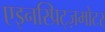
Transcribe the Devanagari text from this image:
एइनस्प्रिट्ज़मोटर